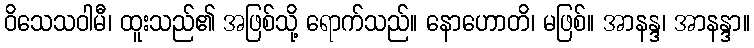
ဝိသေသဝါမီ၊ ထူးသည်၏ အဖြစ်သို့ ရောက်သည်။ နောဟောတိ၊ မဖြစ်။ အာနန္ဒ၊ အာနန္ဒာ။